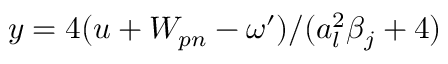
y = 4 ( u + W _ { p n } - \omega ^ { \prime } ) / ( a _ { l } ^ { 2 } \beta _ { j } + 4 )